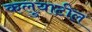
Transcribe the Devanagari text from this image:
कलुयाटील